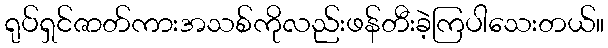
ရုပ်ရှင်ဇာတ်ကားအသစ်ကိုလည်းဖန်တီးခဲ့ကြပါသေးတယ်။